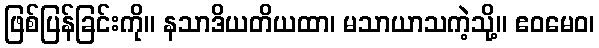
ဖြစ်ပြန်ခြင်းကို။ နသာဒိယတိယထာ၊ မသာယာသကဲ့သို့။ ဧဝမေဝ၊